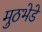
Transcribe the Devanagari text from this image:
मुठभेडे